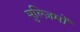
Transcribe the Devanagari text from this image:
मुल्ज़िमों